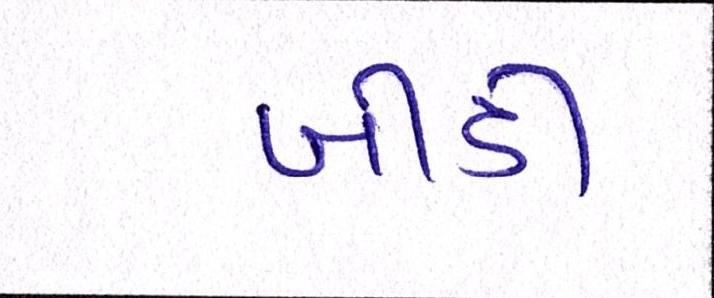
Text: બીડી